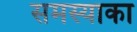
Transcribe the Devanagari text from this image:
समस्याका